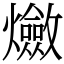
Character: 𤒦